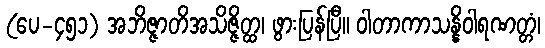
(ပေ-၄၅၁) အဘိဇ္ဇာတိအသိဇ္ဇိတ္ထ၊ ဖွားပြန်ပြီ။ ဝါတာကာသန္နိဝါရဏတ္တံ၊